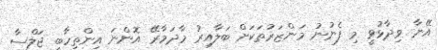
އޭނާ ވިދާޅުވީ މި ފެނުނު މަންޒަރުތަކަށް ބަލާއިރު މާދަމާރޭ އޮންނަ އިންތިހާބީ ޖަލްސާ